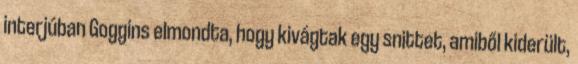
interjúban Goggins elmondta, hogy kivágtak egy snittet, amiből kiderült,